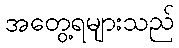
အတွေ့ရများသည်